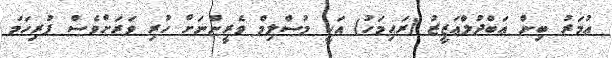
ޢުމަރު ބިން ޢަބްދުލްޢަޒީޒު (ރަޙިމަހު) އަކީ މުސްލިމް ވެރީންނަށް ހުރި ވަރަށްވެސް ފުރިހަމަ